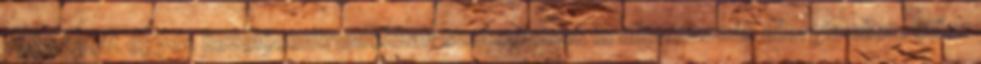
változatát egyes kezelőcentrumokban szakorvosok is alkalmazzák allergia ellen, előre